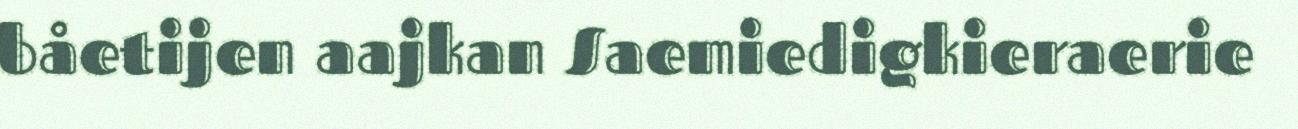
båetijen aajkan Saemiedigkieraerie